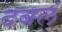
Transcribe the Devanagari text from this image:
दबलं